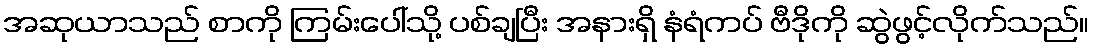
အဆုယာသည် စာကို ကြမ်းပေါ်သို့ ပစ်ချပြီး အနားရှိ နံရံကပ် ဗီဒိုကို ဆွဲဖွင့်လိုက်သည်။